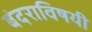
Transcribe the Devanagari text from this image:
बंदराविषयी